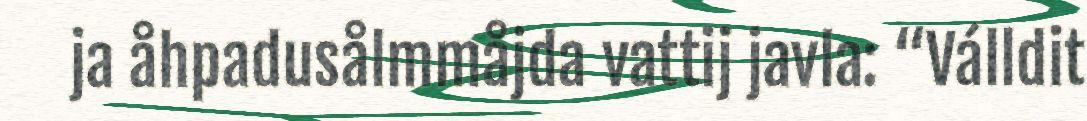
ja åhpadusålmmåjda vattij javla: “Válldit